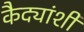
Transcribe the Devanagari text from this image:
कैद्यांशी